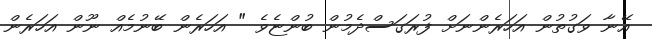
އޭނާ ވަގުތުން އަހަރެންނަށް ފުރަގަސްދެމުން ބުންޏެވެ " އަހަރެން ބޭނުމެއް ނޫން އަހަރެން